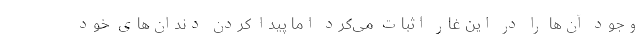
وجود آن‌ها را در این غار اثبات می‌کرد اما پیدا کردن دندان‌های خود